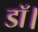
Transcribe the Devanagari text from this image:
डॉ।